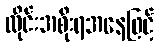
ထိုင်းအစိုးရအနေဖြင့်